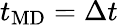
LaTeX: t_{\mathrm{MD}}=\Delta t